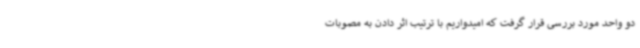
دو واحد مورد بررسی قرار گرفت که امیدواریم با ترتیب اثر دادن به مصوبات